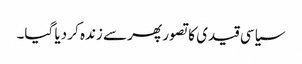
سیاسی قیدی کا تصور پھر سے زندہ کر دیا گیا۔